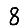
Digit: 8